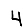
Digit: 4